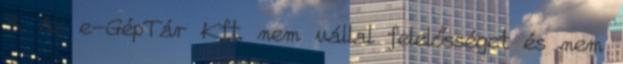
3. Az e-GépTár Kft. nem vállal felelősséget és nem